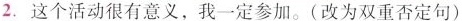
2.这个活动很有意义，我一定参加。(改为双重否定句)